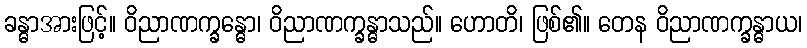
ခန္ဓာအားဖြင့်။ ဝိညာဏက္ခန္ဓော၊ ဝိညာဏက္ခန္ဓာသည်။ ဟောတိ၊ ဖြစ်၏။ တေန ဝိညာဏက္ခန္ဓာယ၊